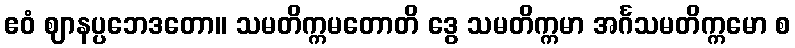
ဧဝံ ဈာနပ္ပဘေဒတော။ သမတိက္ကမတောတိ ဒွေ သမတိက္ကမာ အင်္ဂသမတိက္ကမော စ